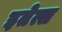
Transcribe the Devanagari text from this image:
इतेत्स